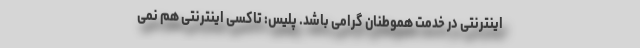
اینترنتی در خدمت هموطنان گرامی باشد. پلیس: تاکسی‌ اینترنتی هم نمی